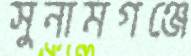
সুনামগঞ্জে